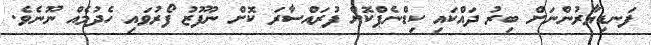
ފަނޑިޔާރުންނަށް ބިރު ދައްކައި ކިޑްނެޕްކޮށް ފުރައްސާރަ ކޮށް ނުފޫޒު ފޯރުވައި ހެދުމެއް ނޫނެވެ.